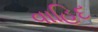
વાહિદ